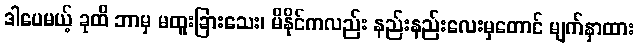
ဒါပေမယ့် ခုထိ ဘာမှ မထူးခြားသေး၊ မိနိုင်ကလည်း နည်းနည်းလေးမှတောင် မျက်နှာထား